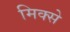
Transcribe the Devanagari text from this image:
मिक्से